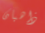
ذاهبان